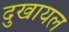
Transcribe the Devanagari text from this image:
दुखायल